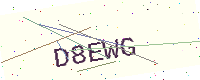
Text: D8EWG